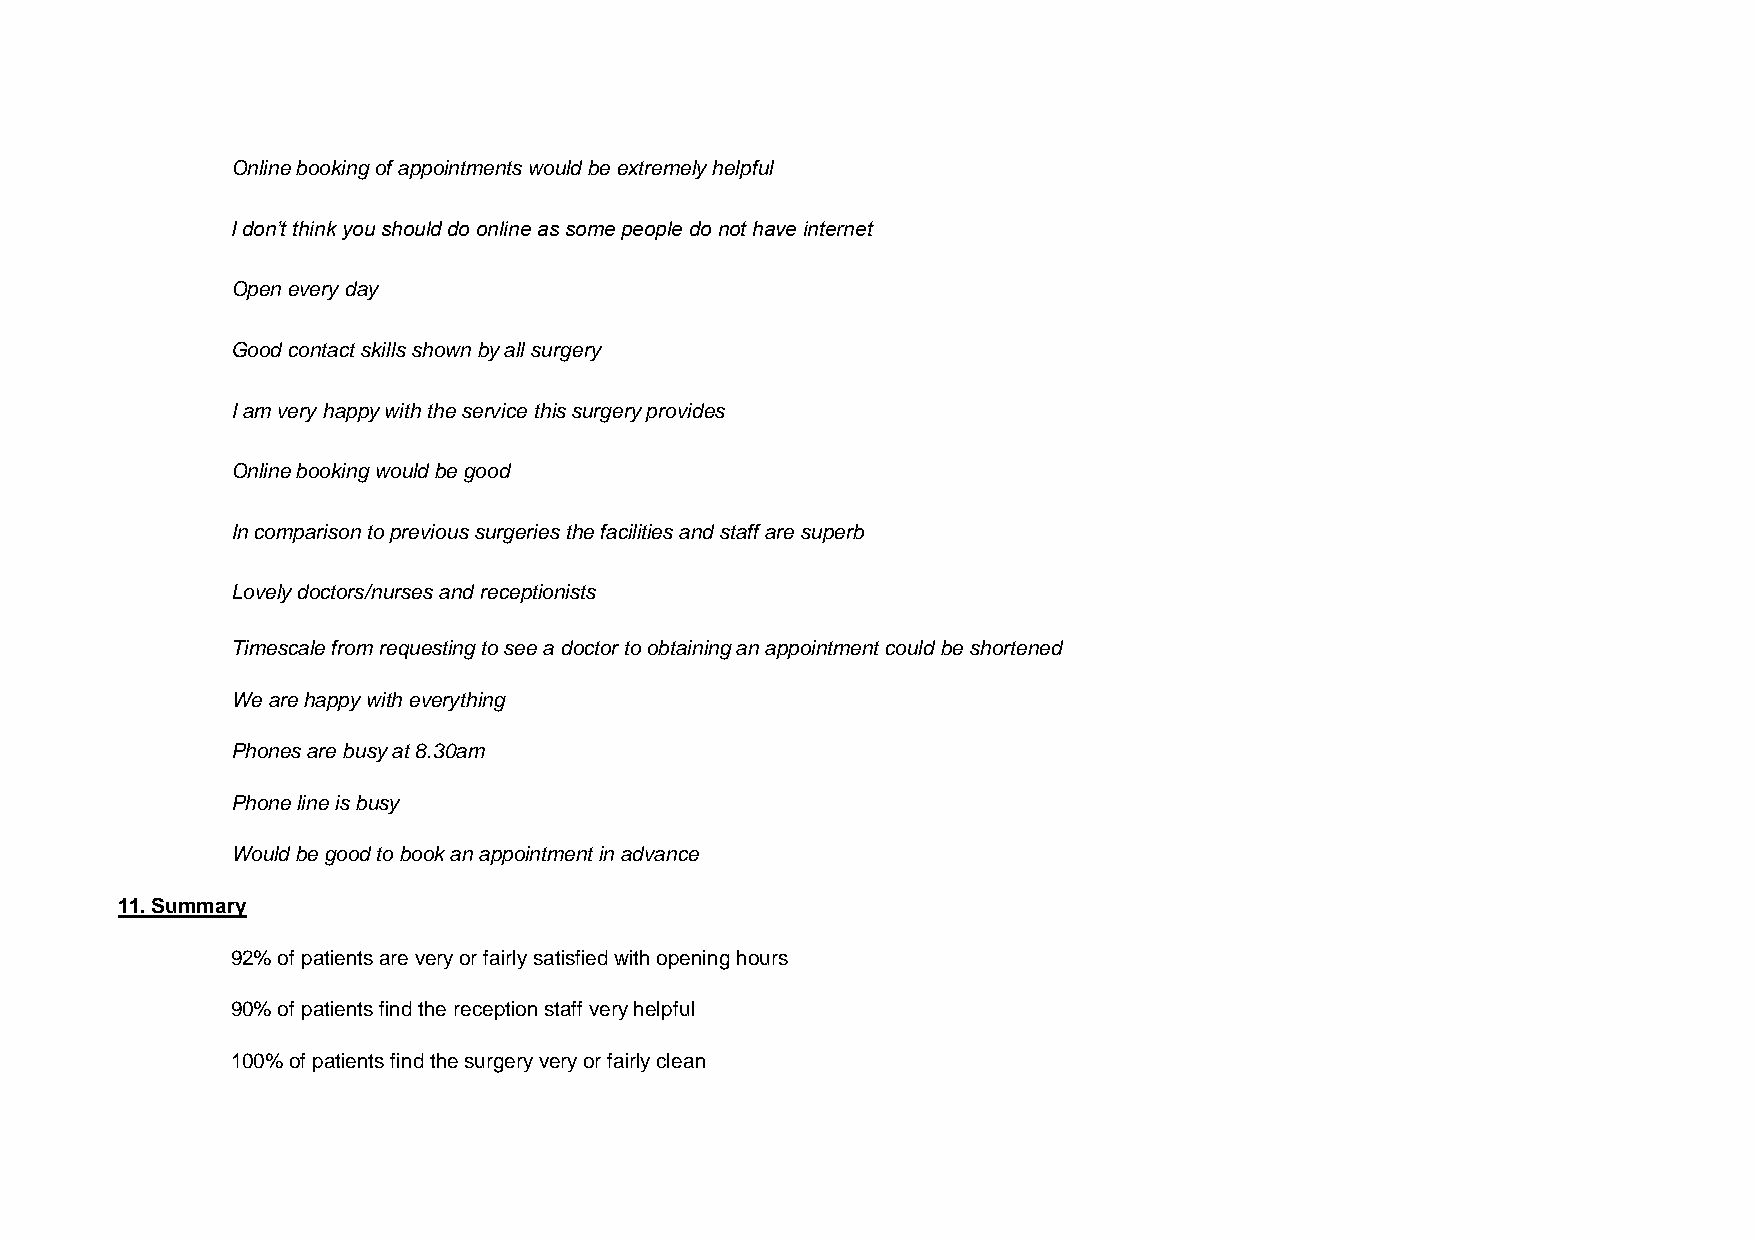
Online booking of appointments would be extremely helpful
 I don’t think you should do online as some people do not have internet
 Open every day
 Good contact skills shown by all surgery
 I am very happy with the service this surgery provides
 Online booking would be good
 In comparison to previous surgeries the facilities and staff are superb
 Lovely doctors/nurses and receptionists
 Timescale from requesting to see a doctor to obtaining an appointment could be shortened
 We are happy with everything
 Phones are busy at 8.30am
 Phone line is busy
 Would be good to book an appointment in advance
 11. Summary
 92% of patients are very or fairly satisfied with opening hours
 90% of patients find the reception staff very helpful
 100% of patients find the surgery very or fairly clean